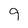
Character: 9